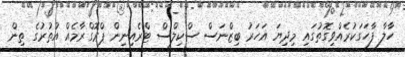
ހާލާ ފާހަގަކުރެއްވިގޮތުގައި މިދިޔަ އަހަރު ބިޒްނަސް ސްކިލްސް ޓްރެއިނިން ޕްރޮގްރާމެއް އުތުރުގެ ތިން